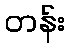
တန်း